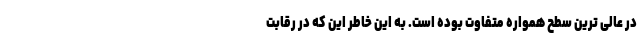
در عالی ترین سطح همواره متفاوت بوده است. به این خاطر این که در رقابت